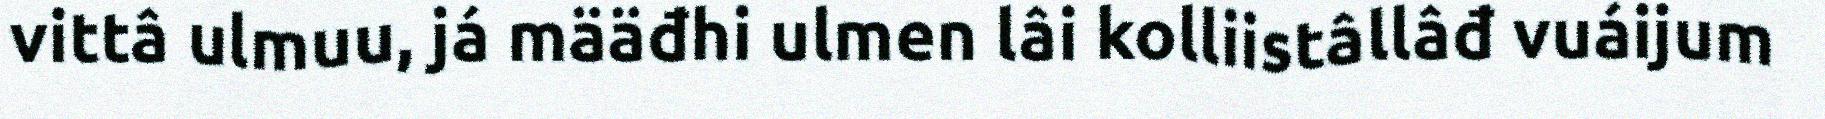
vittâ ulmuu, já määđhi ulmen lâi kolliistâllâđ vuáijum